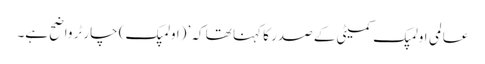
عالمی اولمپک کمیٹی کے صدر کا کہنا تھا کہ ’(اولمپک) چارٹر واضح ہے۔